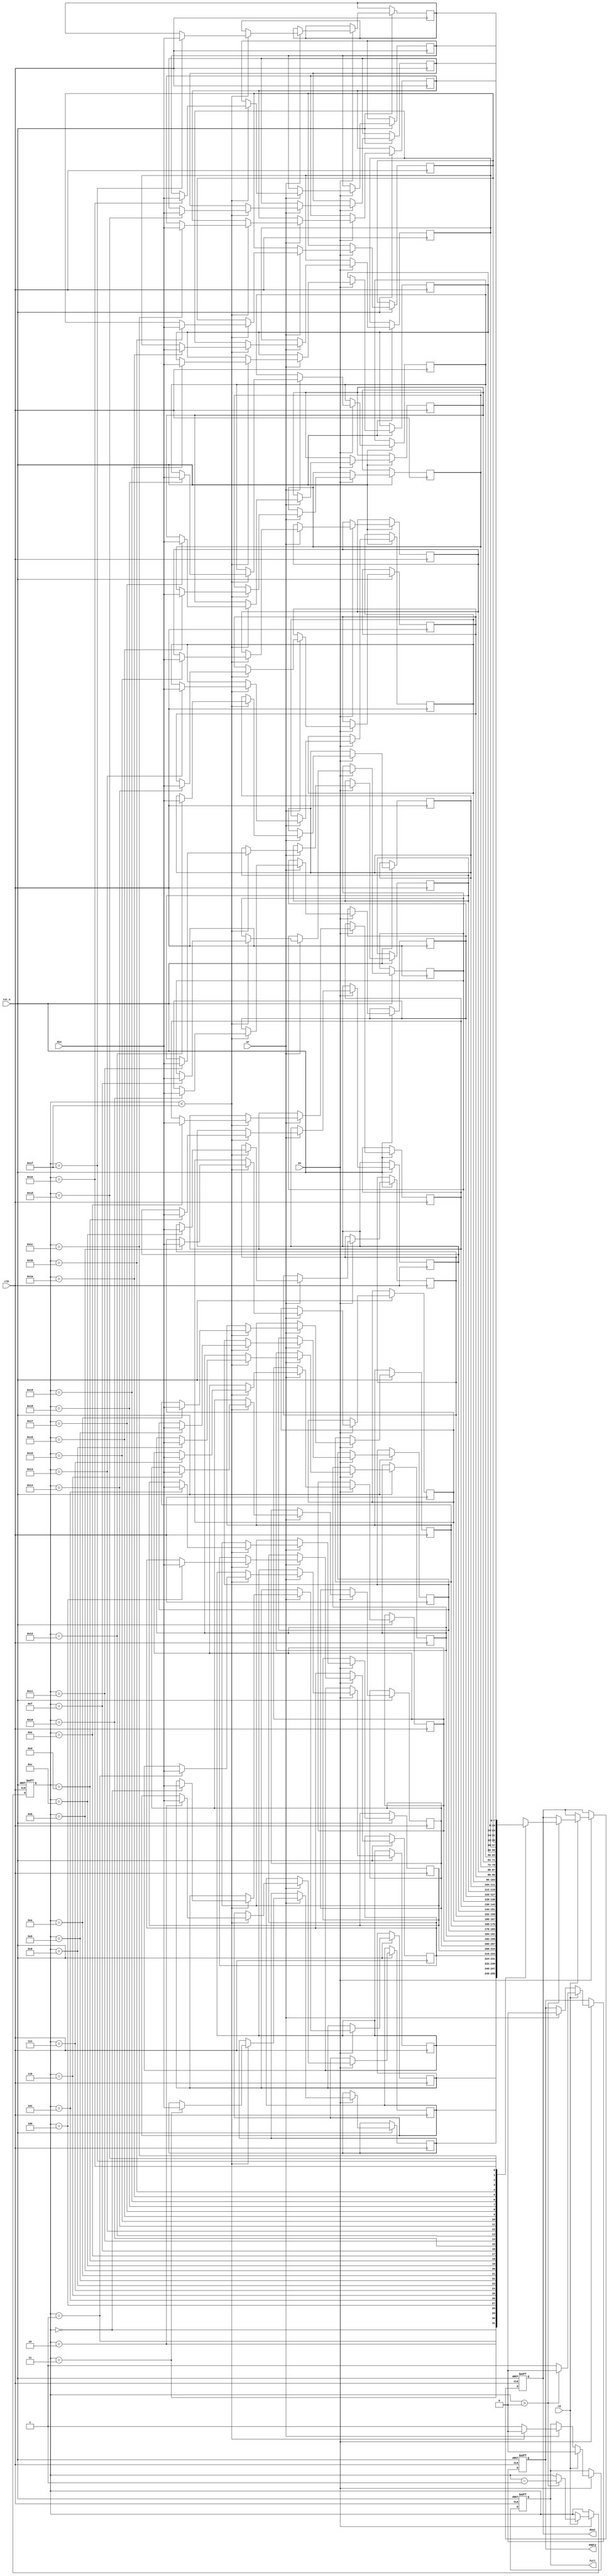
//A memory according to stack

module stack_mem(clk,rst_n,en,wr,rd,din,dout,full,empty);
	input clk;
	input rst_n;
	input en;
	input wr;
	input rd;
	input [7:0] din;
	output reg full;
	output reg empty;
	output reg [7:0] dout;

	reg [7:0] mem [31:0];

	reg [4:0] point;

	always @(posedge clk or negedge rst_n)
		begin
			if(!rst_n)
				begin
					full<=1'b0;
					empty<=1'b0;
					dout<=8'd0;
					point=5'd0;
				end
			else 
				if(en)
					begin
						if(wr)
							begin
								if(point<5'd31)
									begin
										mem[point]<=din;
										point<=point+1'b1;
										full<=1'b0;
										empty<=1'b0;
									end
								else
									begin
										full<=1'b1;
										empty<=1'b0;
									end
							end
						if(rd)
							begin
								if(point>5'd0)
									begin
										dout<=mem[point];
										point=point-1'b1;
										empty<=1'b0;
										full<=1'b0;
									end
								else
									begin
										empty<=1'b1;
										full<=1'b0;
									end
							end
					end
		end
endmodule